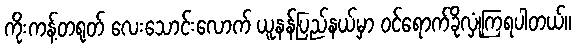
ကိုးကန့်တရုတ် လေးသောင်းလောက် ယူနန်ပြည်နယ်မှာ ဝင်ရောက်ခိုလှုံကြရပါတယ်။